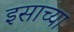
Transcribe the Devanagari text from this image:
इसाच्या